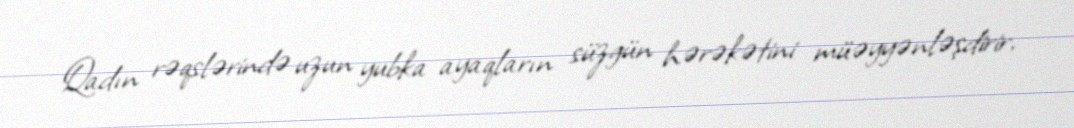
Qadın rəqslərində uzun yubka ayaqların süzgün hərəkətini müəyyənləşdirir,